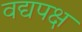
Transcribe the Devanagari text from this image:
वद्यपक्ष